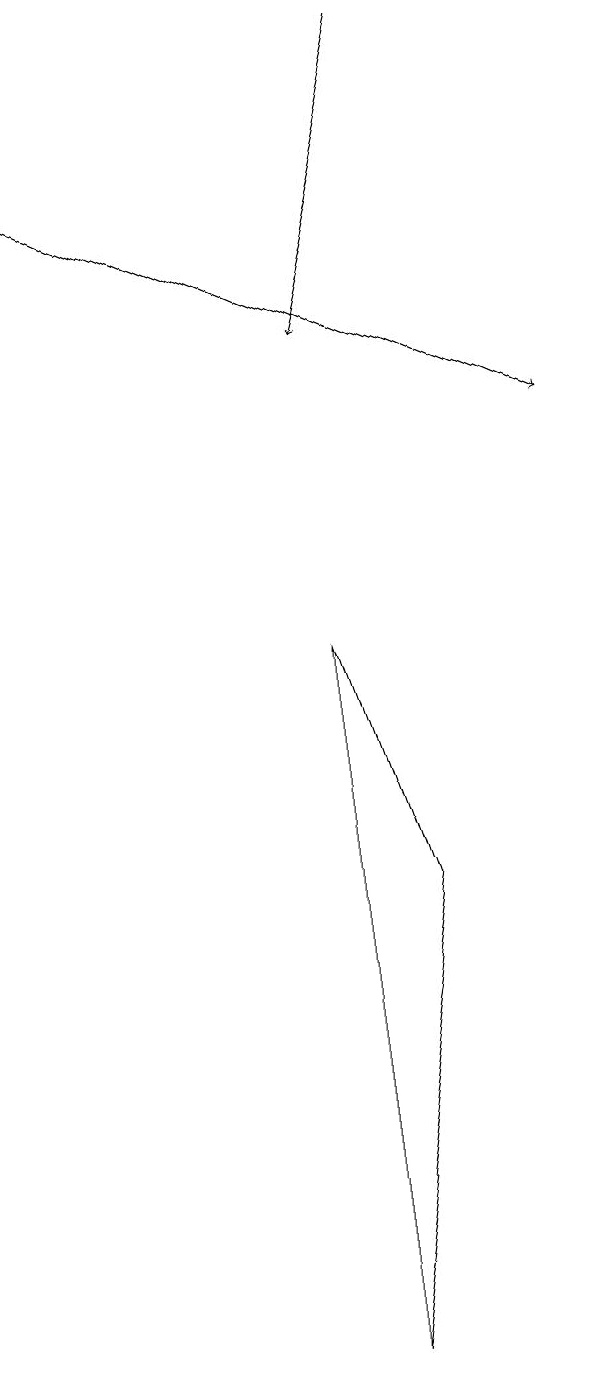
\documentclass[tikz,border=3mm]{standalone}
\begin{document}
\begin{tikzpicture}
\draw[->] (6,17) -- (5,13);
\draw[->] (1,15) -- (8,12);
\draw (6,6) -- (5,0) -- (5,9) -- cycle;
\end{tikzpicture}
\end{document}